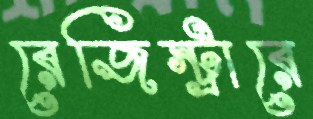
রেজিস্ট্রারে